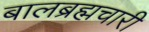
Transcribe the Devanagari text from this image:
बालब्रह्मचारी